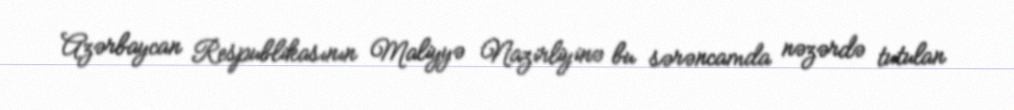
Azərbaycan Respublikasının Maliyyə Nazirliyinə bu sərəncamda nəzərdə tutulan